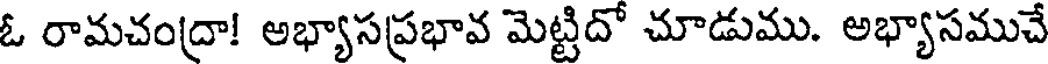
ఓ రామచంద్రా! అభ్యాసప్రభావ మెట్టిదో చూడుము. అభ్యాసముచే